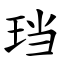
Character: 珰